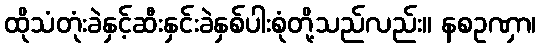
ထိုသံတုံးခဲနှင့်ဆီးနှင်းခဲနှစ်ပါးစုံတို့သည်လည်း။ နစဥဏှာ၊